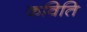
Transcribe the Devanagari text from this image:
कविति